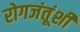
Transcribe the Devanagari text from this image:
रोगजंतूंशी